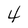
Character: 4